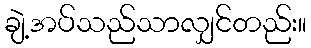
ချဲ့အပ်သည်သာလျှင်တည်း။